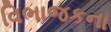
વિભાજકના